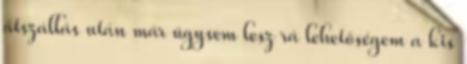
átszállás után már úgysem lesz rá lehetőségem a kis